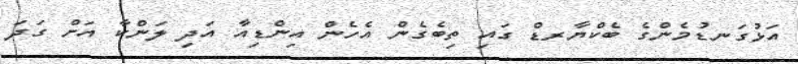
އަޅުގަނޑުމެންގެ ބެކްޔާރޑް ގައި ތިބެގެން އެހެން އިންޑިއާ އަދި ލަންކާ އަށް ގަދަ